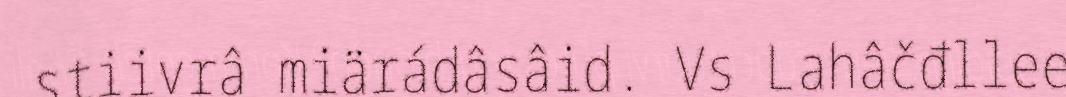
stiivrâ miärádâsâid. Vs Lahâčđllee